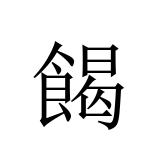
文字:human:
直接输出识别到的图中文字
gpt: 餲